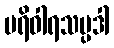
ပရိဝါရသမ္ပဒါ